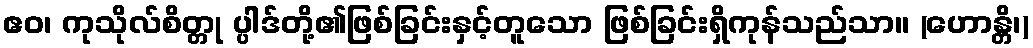
ဧဝ၊ ကုသိုလ်စိတ္တု ပ္ပါဒ်တို့၏ဖြစ်ခြင်းနှင့်တူသော ဖြစ်ခြင်းရှိကုန်သည်သာ။ (ဟောန္တိ၊)